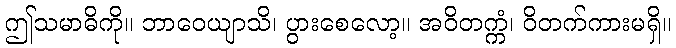
ဤသမာဓိကို။ ဘာဝေယျာသိ၊ ပွားစေလော့။ အဝိတက္ကံ၊ ဝိတက်ကားမရှိ။